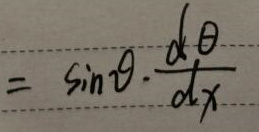
\[
=\sin\theta\cdot\frac{d\theta}{dx}
\]